Jaan_Tonisson_(Lasteleht), lk 489
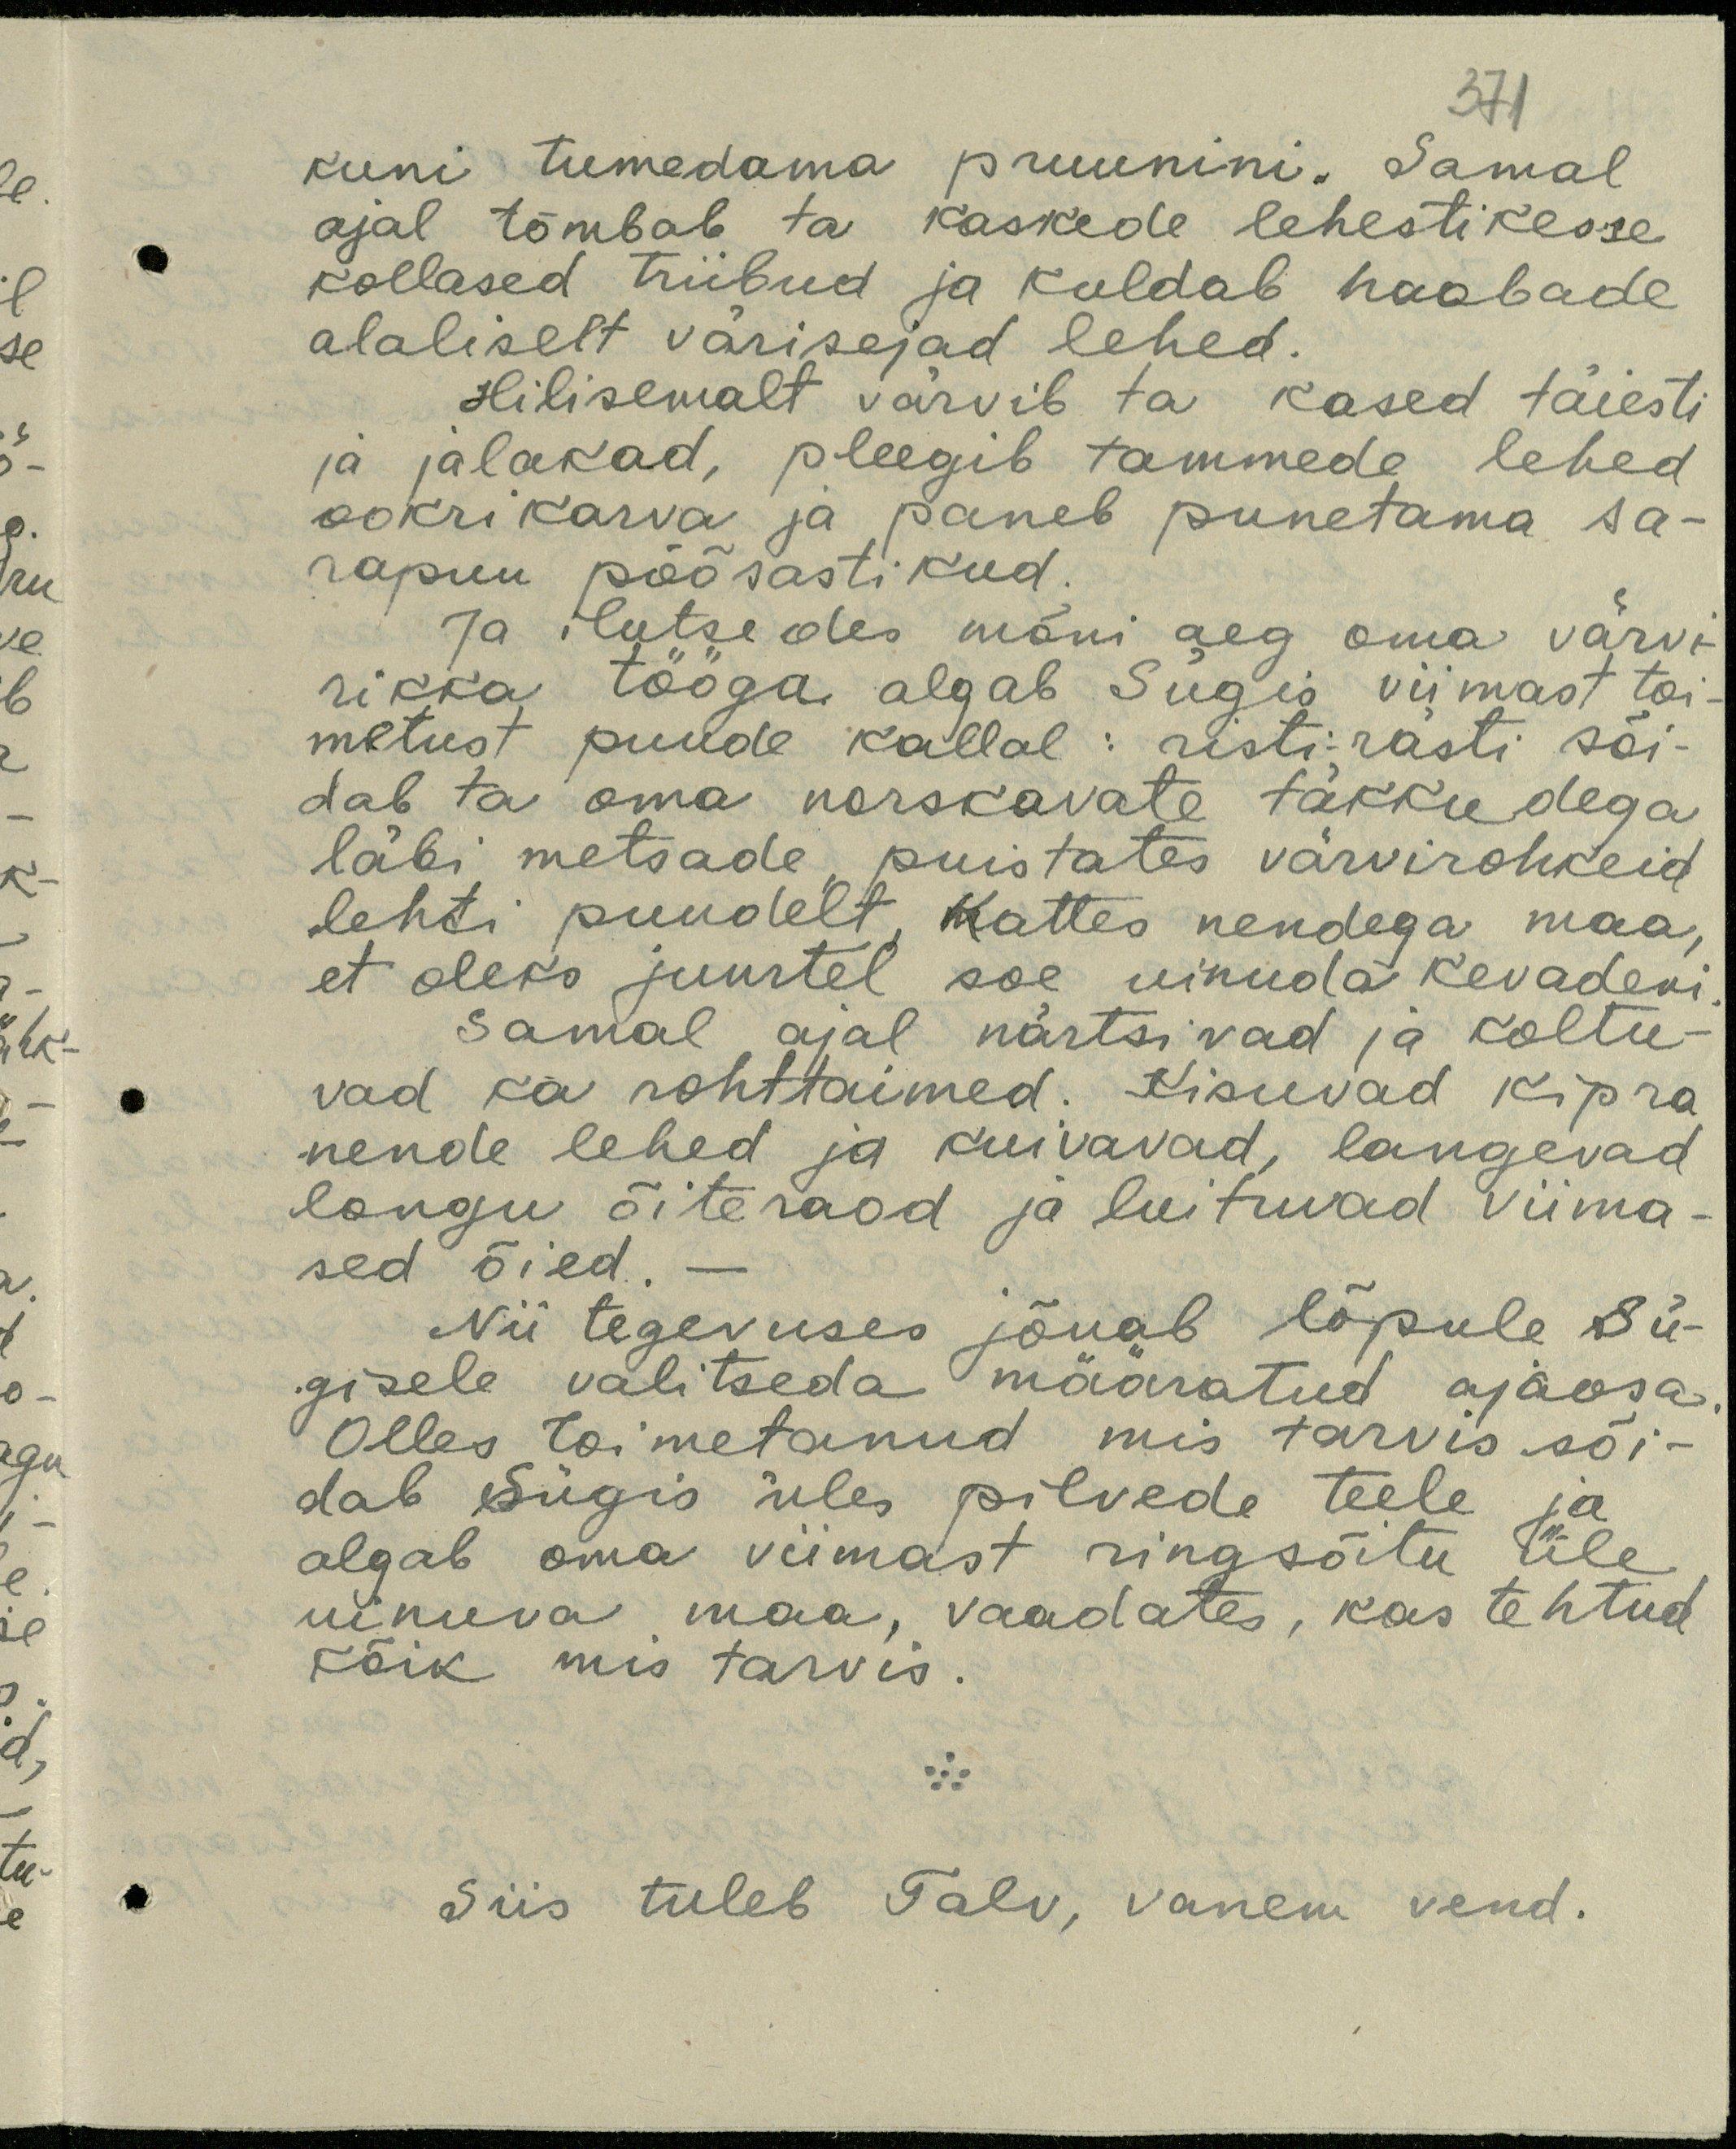
371

kuni tumedama pruunini. Samal
ajal tõmbab ta kaskede lehestikesse
kollased triibud ja kuldab haabade
alaliselt värisejad lehed.
Hilisemalt värvib ta kased täiesti
ja jalakad, pleegib tammede lehed
ookrikarva ja paneb punetama sa-
rapuu põõsastikud.
ja ilutsedes mõni aeg oma värvi-
rikka tööga algab Sügis viimast toi-
metust puude kallal : risti rästi sõi-
dab ta oma norskavate täkkudega
läbi metsade, puistates värvirohkeid
lehti puudelt. Kattes nendega maa,
et oleks juurtel soe uinuda kevadeni
samal ajal närtsivad ja koltu-
vad ka rohttaimed. Kisuvad kipra
nende lehed ja kuivavad, langevad
longu õiteraod ja luituvad viima-
sed õied.
Nii tegevuses jõuab lõpule Sü-
gisele valitseda määratud ajaosa.
Olles toimetanud, mis tarvis sõi-
dab sügis üles pilvede teele ja
algab oma viimast ringsõitu üle
uinuva maa, vaadates, kas tehtud
kõik mis tarvis.
Siis tuleb Talv, vanem vend.